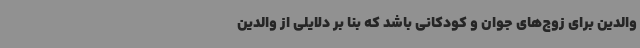
والدین برای زوج‌های جوان و کودکانی باشد که بنا بر دلایلی از والدین